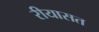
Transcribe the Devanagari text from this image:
रीयासत